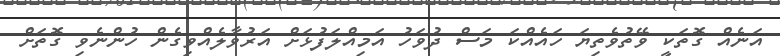
އަނެއް ގޮތަކީ ވޭތުވެތިޔަ ހައެއްކަ މަސް ދުވަހު އަމިއްލަފުޅަށް އަރުވާލެއްވިގެން ހުންނެވި ގޮތަށް